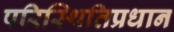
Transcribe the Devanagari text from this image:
परिस्थितिप्रधान